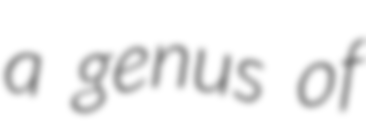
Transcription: a genus of